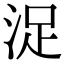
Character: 浞